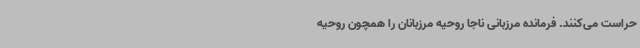
حراست می‌کنند. فرمانده مرزبانی ناجا روحیه مرزبانان را همچون روحیه